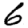
Digit: 6